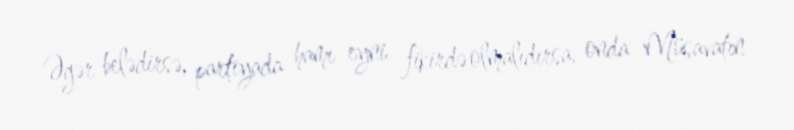
Əgər belədirsə, partiyada hamı eyni fikirdə olmalıdırsa, onda Müsavatın